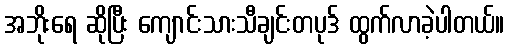
အဘိုးရေ ဆိုပြီး ကျောင်းသားသီချင်းတပုဒ် ထွက်လာခဲ့ပါတယ်။